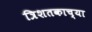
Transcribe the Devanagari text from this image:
त्रिशतकाच्या